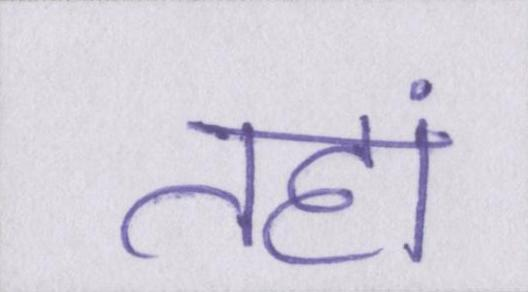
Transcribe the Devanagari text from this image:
तहां